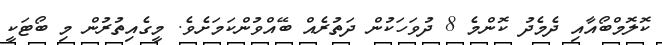
ކޮލޮމްބޯއާއި ދެމެދު ކޮންމެ 8 ދުވަހަކުން ދަތުރެއް ބޭއްވުންކަމަށެވެ. މީގެއިތުރުން މި ބޯޓަކީ